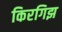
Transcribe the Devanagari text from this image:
किरगिझ